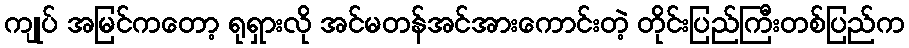
ကျုပ် အမြင်ကတော့ ရုရှားလို အင်မတန်အင်အားကောင်းတဲ့ တိုင်းပြည်ကြီးတစ်ပြည်က